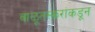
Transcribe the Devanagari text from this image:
वाळूतस्करांकडून